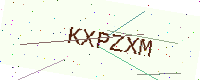
Text: KXPZXM